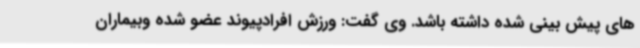
های پیش بینی شده داشته باشد. وی گفت: ورزش افرادپیوند عضو شده وبیماران